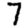
Digit: 7